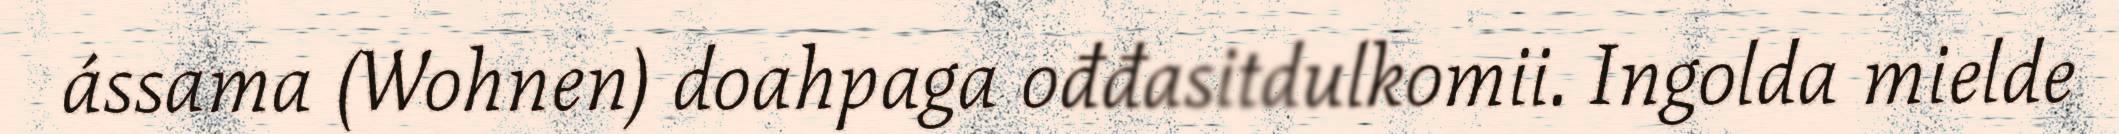
ássama (Wohnen) doahpaga ođđasitdulkomii. Ingolda mielde